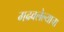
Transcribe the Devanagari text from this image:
मढवलेल्याचा